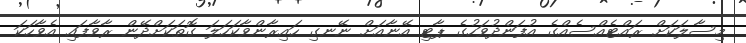
މިސާލަކަށް ރައްޓެއްސެއްގެ އުފަންދުވަހުގެ ޕާޓި އޭނާއަށް ނޭނގި ހައިރާންވާކަހަލަ ގޮތަކަށްދޭން ރާވާފައި އެވާހަކަ